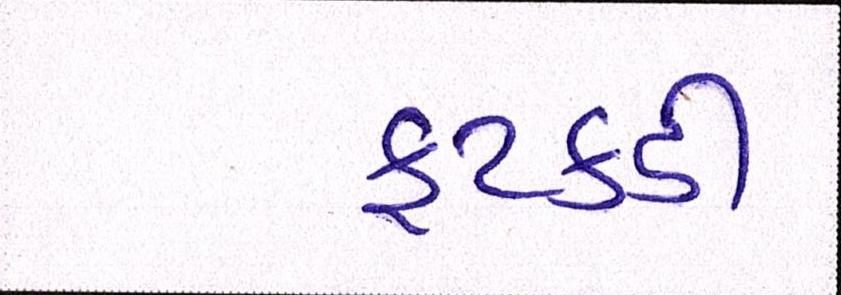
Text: ફટકડી